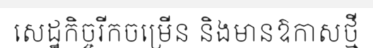
សេដ្ឋកិច្ចរីកចម្រើន និងមានឱកាសថ្មី